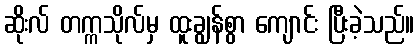
ဆိုးလ် တက္ကသိုလ်မှ ထူးချွန်စွာ ကျောင်း ပြီးခဲ့သည်။